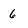
Character: 6